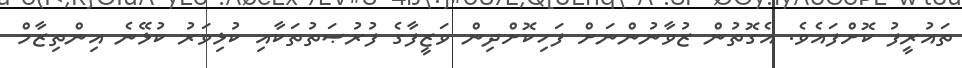
ތައުރީފު ކޮށްފައެވެ. އެގޮތުން ޒުވާނުންނަށް ފަހިކޮށްދިން ވަޒީފާގެ ފުރުޞަތުތަކާއި ކުޅިވަރު ކުޅޭނެ އިންތިޒާމް